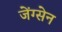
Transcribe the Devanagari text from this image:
जेंग्सेन